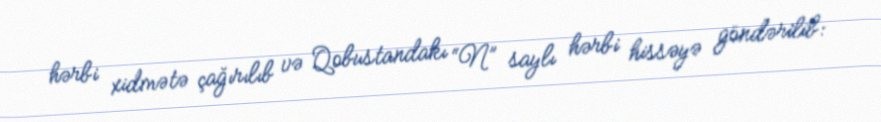
hərbi xidmətə çağırılıb və Qobustandakı “N” saylı hərbi hissəyə göndərilib: